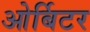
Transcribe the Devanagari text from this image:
ओर्बिटर